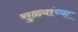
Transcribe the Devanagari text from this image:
सुळ्यांच्या